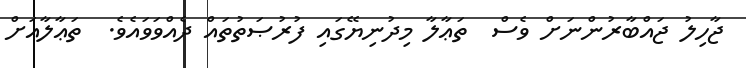
ޖާހިލު ޖައްބާރުންނަށް ވެސް  ތަޢާލާ މިދުނިޔޭގައި ފުރުޞަތުތައް ދެއްވަވައެވެ.  ތަޢާލާއަށް